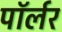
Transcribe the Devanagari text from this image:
पॉर्लर